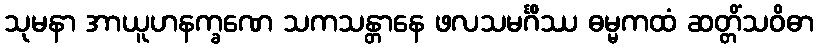
သုမနာ အာယူဟနက္ခဏေ သကသန္တာနေ ဖလသမင်္ဂိဿ ဓမ္မကထံ ဆတ္တိံသဝိဓာ